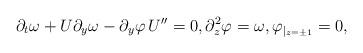
LaTeX: \begin{align*}\partial_t \omega + U \partial_y \omega - \partial_y \varphi \, U'' = 0, \partial_z^2 \varphi = \omega, \varphi_{\vert_{z=\pm 1}} = 0,\end{align*}